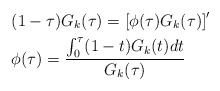
\begin{align*}&(1-\tau)G_{k}(\tau)=\left[\phi(\tau)G_{k}(\tau)\right]'\\&\phi(\tau)=\frac{\int_{0}^{\tau}(1-t)G_{k}(t)dt}{G_{k}(\tau)}\end{align*}